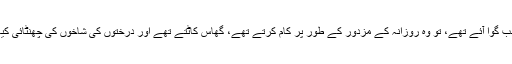
وہ پہلی بار جب گوا آئے تھے، تو وہ روزانہ کے مزدور کے طور پر کام کرتے تھے، گھاس کاٹتے تھے اور درختوں کی شاخوں کی چھنٹائی کیا کرتے تھے۔